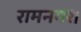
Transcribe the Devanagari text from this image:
रामनगर।